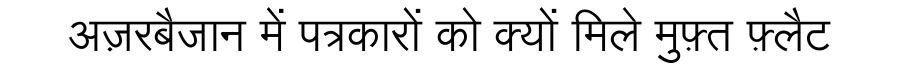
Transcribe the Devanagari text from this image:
अज़रबैजान में पत्रकारों को क्यों मिले मुफ़्त फ़्लैट